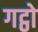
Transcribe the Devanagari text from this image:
गट्ठो